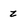
Character: z